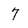
Character: 7